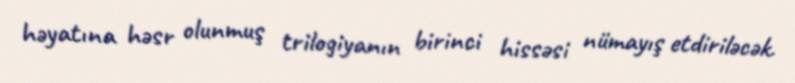
həyatına həsr olunmuş trilogiyanın birinci hissəsi nümayış etdiriləcək.